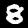
Label: 8